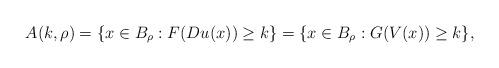
LaTeX: \begin{align*}A(k, \rho)=\{x\in B_\rho: F(Du(x))\ge k\}=\{x\in B_\rho:G(V(x))\ge k\},\end{align*}